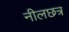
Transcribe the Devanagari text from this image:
नीलछत्र